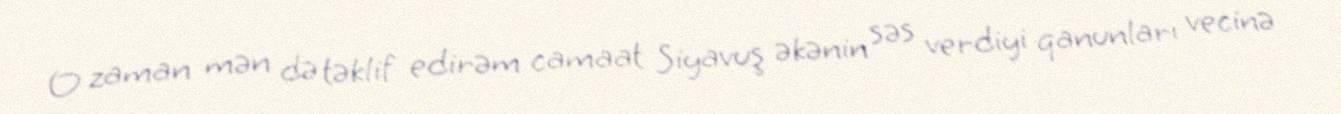
O zaman mən də təklif edirəm camaat Siyavuş əkənin səs verdiyi qanunları vecinə